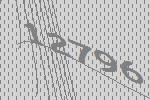
12796